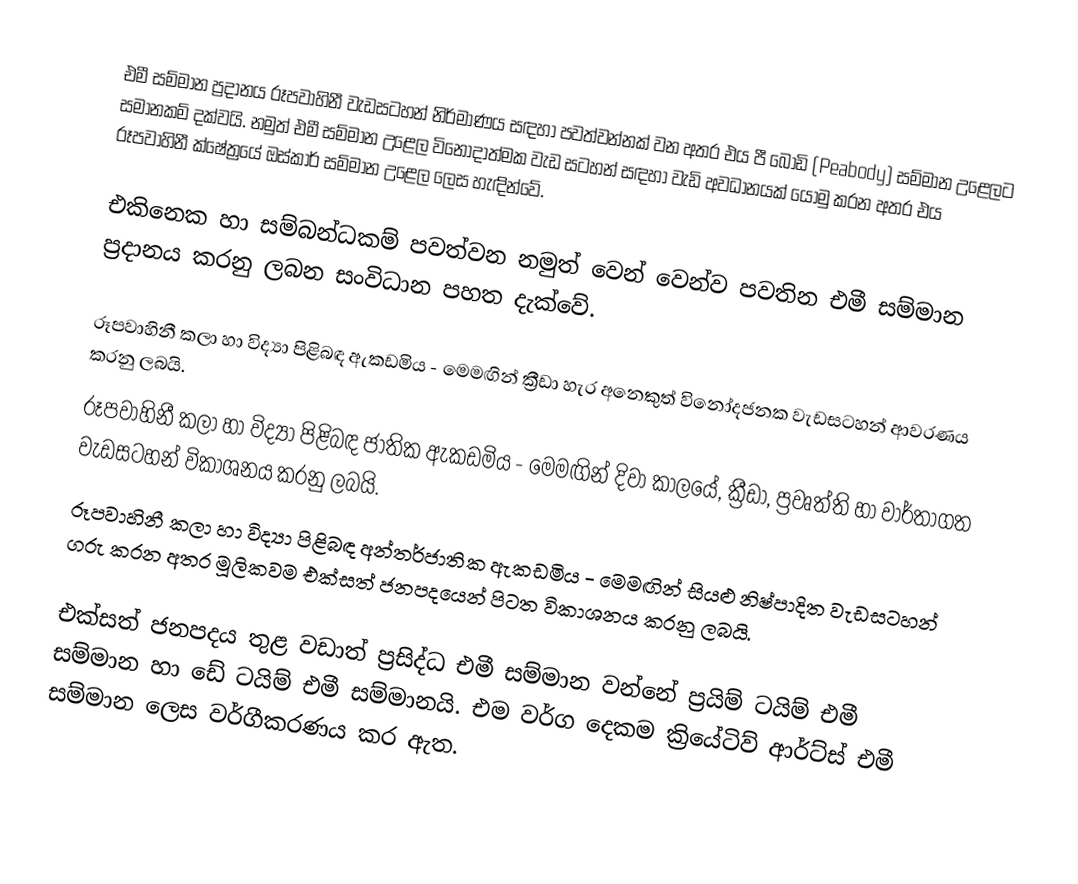
එමී සම්මාන ප්‍රදානය රූපවාහිනී වැඩසටහන් නිර්මාණය සඳහා පවත්වන්නක් වන අතර එය පී බොඩි (Peabody) සම්මාන උළෙලට සමානකම් දක්වයි. නමුත් එමී සම්මාන උළෙල විනෝදාත්මක වැඩ සටහන් සඳහා වැඩි අවධානයක් යොමු කරන අතර එය රූපවාහිනී ක්ෂේත්‍රයේ ඔස්කාර් සම්මාන උළෙල ලෙස හැඳින්වේ.

එකිනෙක හා සම්බන්ධකම් පවත්වන නමුත් වෙන් වෙන්ව පවතින එමී සම්මාන ප්‍රදානය කරනු ලබන සංවිධාන පහත දැක්වේ.

රූපවාහිනී කලා හා විද්‍යා පිළිබඳ ඇකඩමිය - මෙමඟින් ක්‍රීඩා හැර අනෙකුත් විනෝදජනක වැඩසටහන් ආවරණය කරනු ලබයි.
රූපවාහිනී කලා හා විද්‍යා පිළිබඳ ජාතික ඇකඩමිය - මෙමඟින් දිවා කාලයේ, ක්‍රීඩා, ප්‍රවෘත්ති හා වාර්තාගත වැඩසටහන් විකාශනය කරනු ලබයි.
රූපවාහිනී කලා හා විද්‍යා පිළිබඳ අන්තර්ජාතික ඇකඩමිය - මෙමඟින් සියළු නිෂ්පාදිත වැඩසටහන් ගරු කරන අතර මූලිකවම එක්සත් ජනපදයෙන් පිටත විකාශනය කරනු ලබයි.

එක්සත් ජනපදය තුළ වඩාත් ප්‍රසිද්ධ එමී සම්මාන වන්නේ ප්‍රයිම් ටයිම් එමී සම්මාන හා ඩේ ටයිම් එමී සම්මානයි. එම වර්ග දෙකම ක්‍රියේටිව් ආර්ට්ස් එමී සම්මාන ලෙස වර්ගීකරණය කර ඇත.